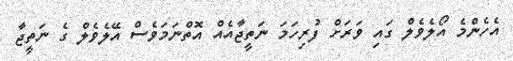
އެހެންމެ އޯލެވެލް ގައި ވަރަށް ފުރިހަމަ ނަތީޖާއެއް އޮތްނަމަވެސް އޭލެވެލް ގެ ނަތީޖާ